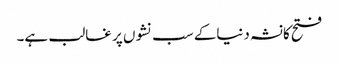
فتح کانشہ دنیاکے سب نشوں پر غالب ہے۔